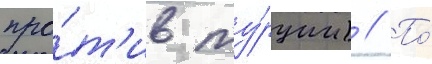
про́т'ив ту́рции) // По́